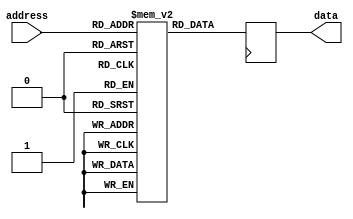
module rom (
    input [width-1:0] address,
    output reg [data_width-1:0] data
);

parameter width = 4; // Address width
parameter data_width = 8; // Data width

reg [data_width-1:0] mem [2**width - 1:0]; // Memory to store data

always @ (posedge clk)
begin
    data <= mem[address];
end

endmodule